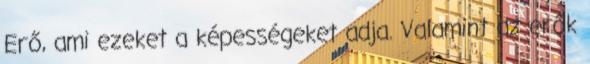
Erő, ami ezeket a képességeket adja. Valamint az erők